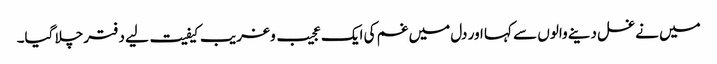
میں نے غسل دینے والوں سے کہا اور دل میں غم کی ایک عجیب و غریب کیفیت لیے دفتر چلا گیا۔